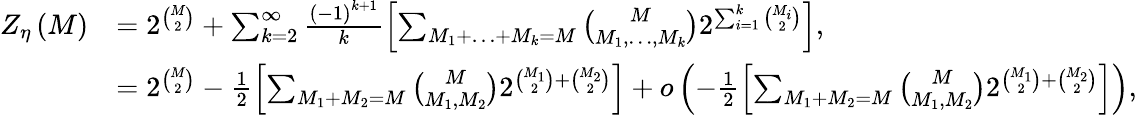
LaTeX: \begin{array}{rl}{Z_{\eta}\left(M\right)}&{=2^{\binom{M}{2}}+\sum_{k=2}^{\infty}\frac{\left(-1\right)^{k+1}}{k}\left[\sum_{M_{1}+\ldots+M_{k}=M}\binom{M}{M_{1},\ldots,M_{k}}2^{\sum_{i=1}^{k}\binom{M_{i}}{2}}\right],}\\ &{=2^{\binom{M}{2}}-\frac{1}{2}\left[\sum_{M_{1}+M_{2}=M}\binom{M}{M_{1},M_{2}}2^{\binom{M_{1}}{2}+\binom{M_{2}}{2}}\right]+o\left(-\frac{1}{2}\left[\sum_{M_{1}+M_{2}=M}\binom{M}{M_{1},M_{2}}2^{\binom{M_{1}}{2}+\binom{M_{2}}{2}}\right]\right),}\end{array}